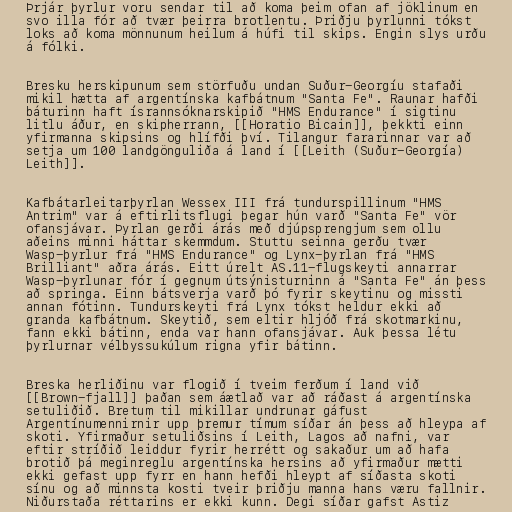
Þrjár þyrlur voru sendar til að koma þeim ofan af jöklinum en
svo illa fór að tvær þeirra brotlentu. Þriðju þyrlunni tókst
loks að koma mönnunum heilum á húfi til skips. Engin slys urðu
á fólki.

Bresku herskipunum sem störfuðu undan Suður-Georgíu stafaði
mikil hætta af argentínska kafbátnum "Santa Fe". Raunar hafði
báturinn haft ísrannsóknarskipið "HMS Endurance" í sigtinu
litlu áður, en skipherrann, [[Horatio Bicain]], þekkti einn
yfirmanna skipsins og hlífði því. Tilangur fararinnar var að
setja um 100 landgönguliða á land í [[Leith (Suður-Georgía)
Leith]].

Kafbátarleitarþyrlan Wessex III frá tundurspillinum "HMS
Antrim" var á eftirlitsflugi þegar hún varð "Santa Fe" vör
ofansjávar. Þyrlan gerði árás með djúpsprengjum sem ollu
aðeins minni háttar skemmdum. Stuttu seinna gerðu tvær
Wasp-þyrlur frá "HMS Endurance" og Lynx-þyrlan frá "HMS
Brilliant" aðra árás. Eitt úrelt AS.11-flugskeyti annarrar
Wasp-þyrlunar fór í gegnum útsýnisturninn á "Santa Fe" án þess
að springa. Einn bátsverja varð þó fyrir skeytinu og missti
annan fótinn. Tundurskeyti frá Lynx tókst heldur ekki að
granda kafbátnum. Skeytið, sem eltir hljóð frá skotmarkinu,
fann ekki bátinn, enda var hann ofansjávar. Auk þessa létu
þyrlurnar vélbyssukúlum rigna yfir bátinn.

Breska herliðinu var flogið í tveim ferðum í land við
[[Brown-fjall]] þaðan sem áætlað var að ráðast á argentínska
setuliðið. Bretum til mikillar undrunar gáfust
Argentínumennirnir upp þremur tímum síðar án þess að hleypa af
skoti. Yfirmaður setuliðsins í Leith, Lagos að nafni, var
eftir stríðið leiddur fyrir herrétt og sakaður um að hafa
brotið þá meginreglu argentínska hersins að yfirmaður mætti
ekki gefast upp fyrr en hann hefði hleypt af síðasta skoti
sínu og að minnsta kosti tveir þriðju manna hans væru fallnir.
Niðurstaða réttarins er ekki kunn. Degi síðar gafst Astiz